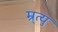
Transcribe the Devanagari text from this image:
म्र्त्यु